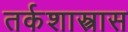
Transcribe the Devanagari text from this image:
तर्कशास्त्रास